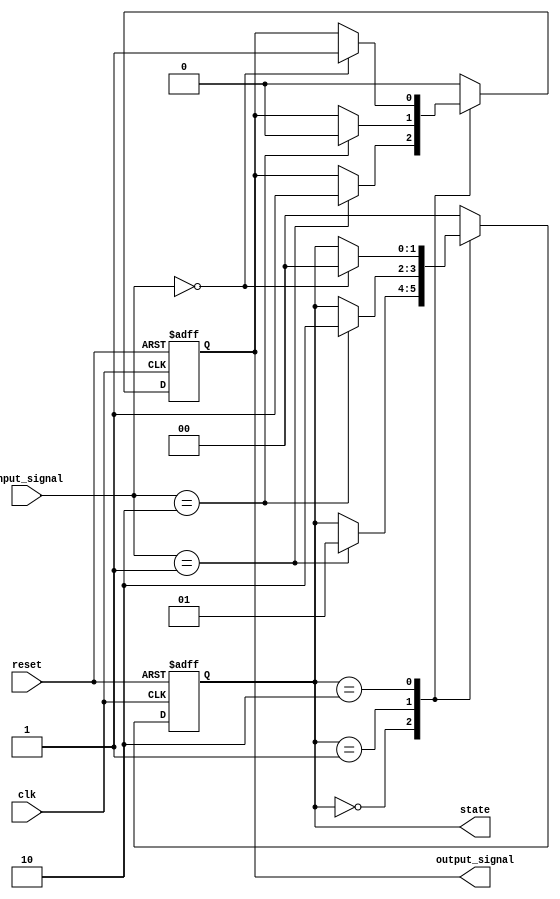
module negative_edge_sensitive (
    input wire clk,          // Clock signal
    input wire reset,        // Asynchronous reset signal
    input wire [1:0] input_signal, // Example input signals
    output reg [1:0] state,  // Current state
    output reg output_signal  // Example output signal
);

// Define states
parameter STATE_0 = 2'b00;
parameter STATE_1 = 2'b01;
parameter STATE_2 = 2'b10;

// Initial state
initial begin
    state = STATE_0;        // Set initial state
    output_signal = 1'b0;   // Set initial output
end

// Negative edge sensitive block
always @(negedge clk or posedge reset) begin
    if (reset) begin
        state <= STATE_0;    // Reset state to STATE_0
        output_signal <= 1'b0; // Reset output
    end else begin
        case (state)
            STATE_0: begin
                if (input_signal == 2'b01) begin
                    state <= STATE_1; // Transition to STATE_1
                    output_signal <= 1'b1; // Set output high
                end
            end
            
            STATE_1: begin
                if (input_signal == 2'b10) begin
                    state <= STATE_2; // Transition to STATE_2
                    output_signal <= 1'b0; // Set output low
                end
            end
            
            STATE_2: begin
                if (input_signal == 2'b00) begin
                    state <= STATE_0; // Transition back to STATE_0
                    output_signal <= 1'b1; // Set output high
                end
            end
            
            default: begin
                state <= STATE_0; // Default case
                output_signal <= 1'b0; // Default output
            end
        endcase
    end
end

endmodule